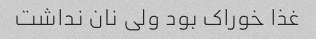
غذا خوراک بود ولی نان نداشت